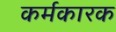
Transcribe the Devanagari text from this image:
कर्मकारक